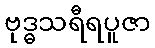
ဗုဒ္ဓသရီရပူဇာ